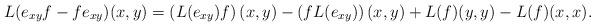
LaTeX: \begin{align*} L(e_{xy}f-fe_{xy})(x,y)=\left(L(e_{xy})f\right)(x,y)-\left(fL(e_{xy})\right)(x,y)+L(f)(y,y)-L(f)(x,x).\end{align*}